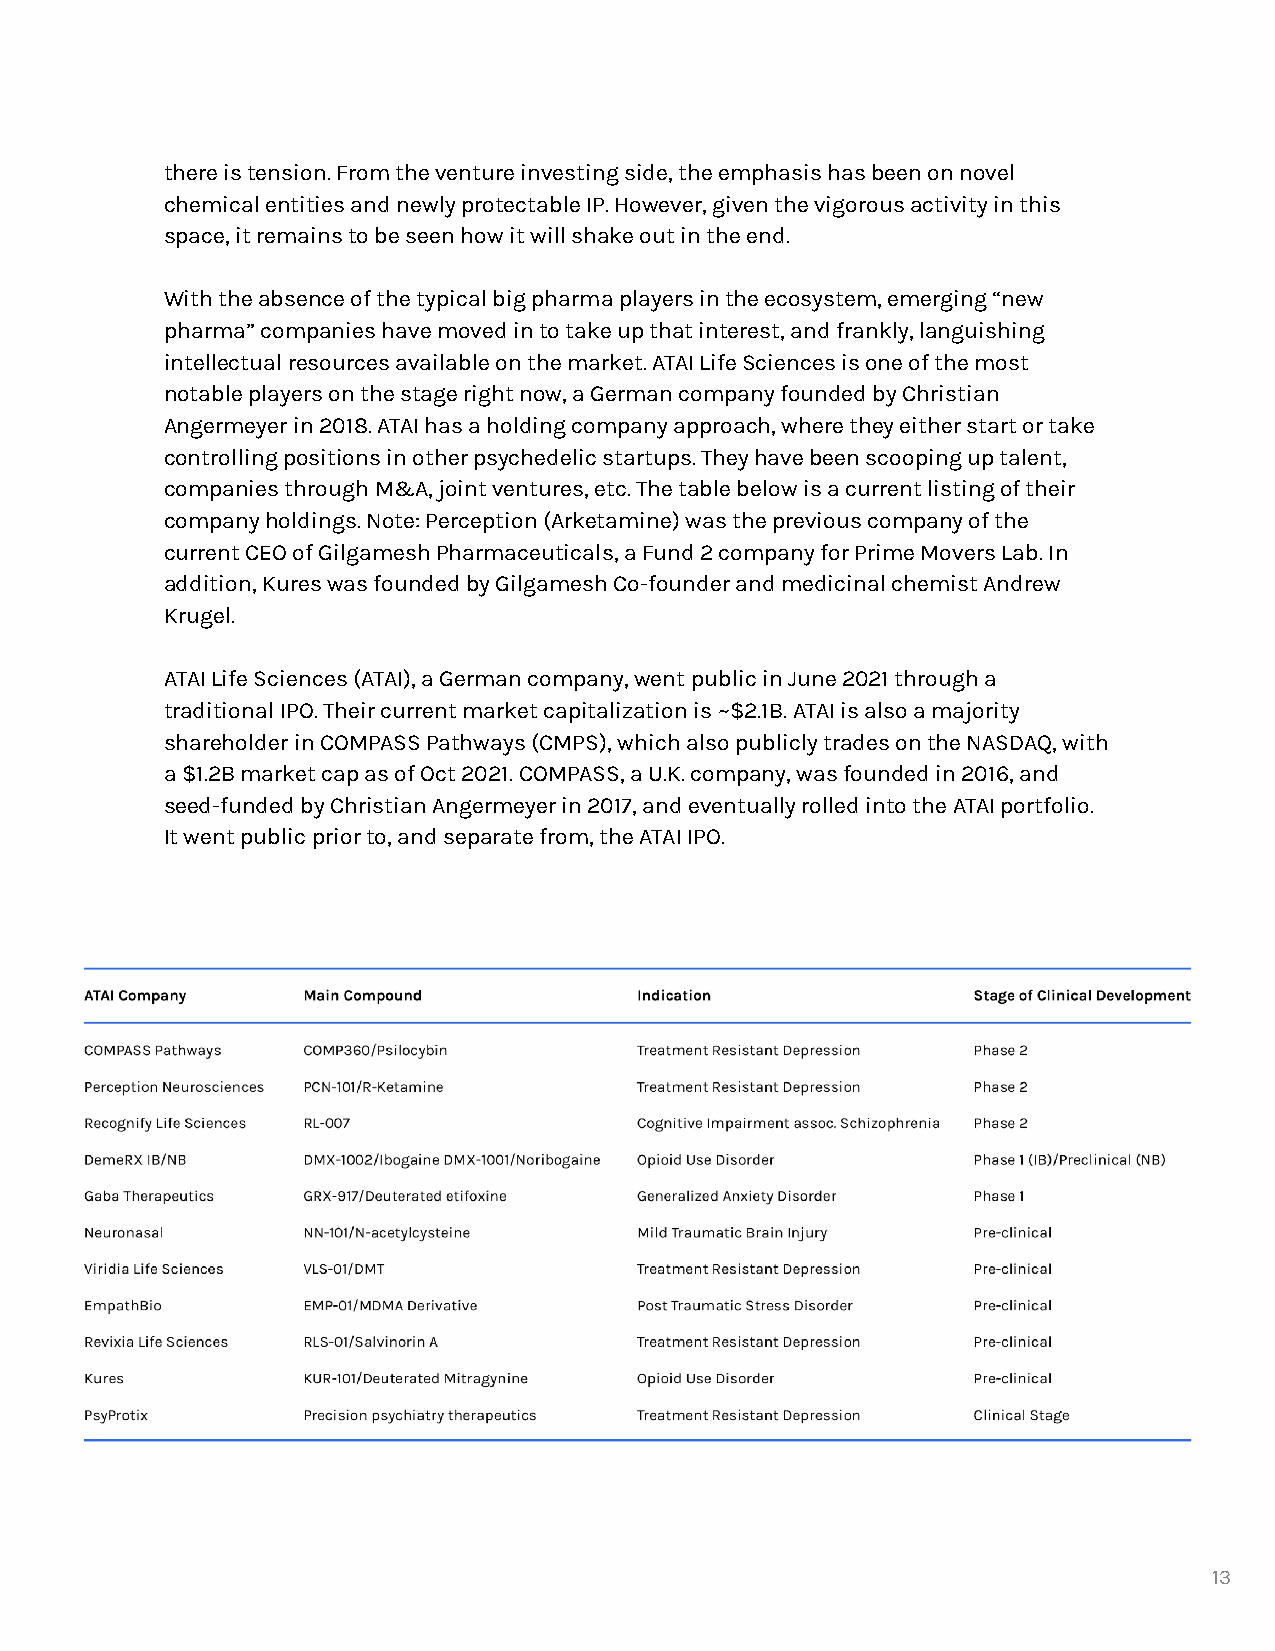
there is tension. From the venture investing side, the emphasis has been on novel
 chemical entities and newly protectable IP. However, given the vigorous activity in this
 space, it remains to be seen how it will shake out in the end.
 With the absence of the typical big pharma players in the ecosystem, emerging “new
 pharma” companies have moved in to take up that interest, and frankly, languishing
 intellectual resources available on the market. ATAI Life Sciences is one of the most
 notable players on the stage right now, a German company founded by Christian
 Angermeyer in 2018. ATAI has a holding company approach, where they either start or take
 controlling positions in other psychedelic startups. They have been scooping up talent,
 companies through M&A, joint ventures, etc. The table below is a current listing of their
 company holdings. Note: Perception (Arketamine) was the previous company of the
 current CEO of Gilgamesh Pharmaceuticals, a Fund 2 company for Prime Movers Lab. In
 addition, Kures was founded by Gilgamesh Co-founder and medicinal chemist Andrew
 Krugel.
 ATAI Life Sciences (ATAI), a German company, went public in June 2021 through a
 traditional IPO. Their current market capitalization is ~$2.1B. ATAI is also a majority
 shareholder in COMPASS Pathways (CMPS), which also publicly trades on the NASDAQ, with
 a $1.2B market cap as of Oct 2021. COMPASS, a U.K. company, was founded in 2016, and
 seed-funded by Christian Angermeyer in 2017, and eventually rolled into the ATAI portfolio.
 It went public prior to, and separate from, the ATAI IPO.
 13